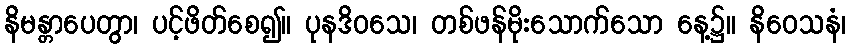
နိမန္တာပေတွာ၊ ပင့်ဖိတ်စေ၍။ ပုနဒိဝသေ၊ တစ်ဖန်မိုးသောက်သော နေ့၌။ နိဝေသနံ၊